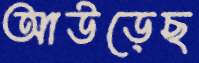
আউড়েছ